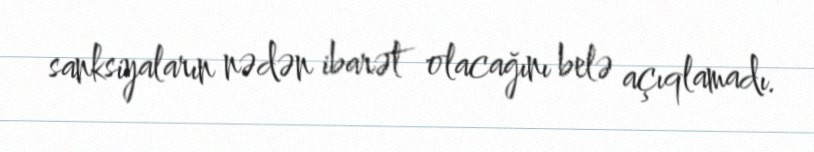
sanksiyaların nədən ibarət olacağını belə açıqlamadı.